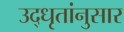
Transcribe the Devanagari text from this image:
उद्‌धृतांनुसार